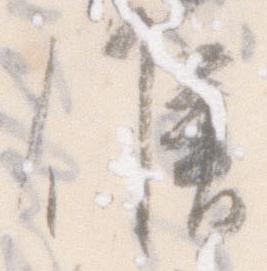
候